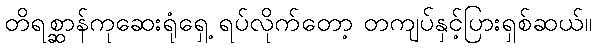
တိရစ္ဆာန်ကုဆေးရုံရှေ့ ရပ်လိုက်တော့ တကျပ်နှင့်ပြားရှစ်ဆယ်။